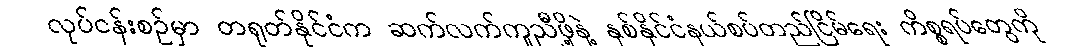
လုပ်ငန်းစဉ်မှာ တရုတ်နိုင်ငံက ဆက်လက်ကူညီဖို့နဲ့ နှစ်နိုင်ငံနယ်စပ်တည်ငြိမ်ရေး ကိစ္စရပ်တွေကို